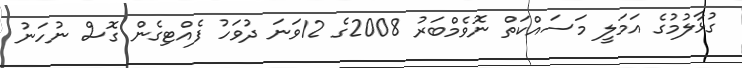
ގުޅާލުމުގެ އަމަލީ މަސައްކަތް ނޮވެމްބަރު 2008ގެ 12ވަނަ ދުވަހު ފެއްޓިގެން ގޮސް ނުހަނު